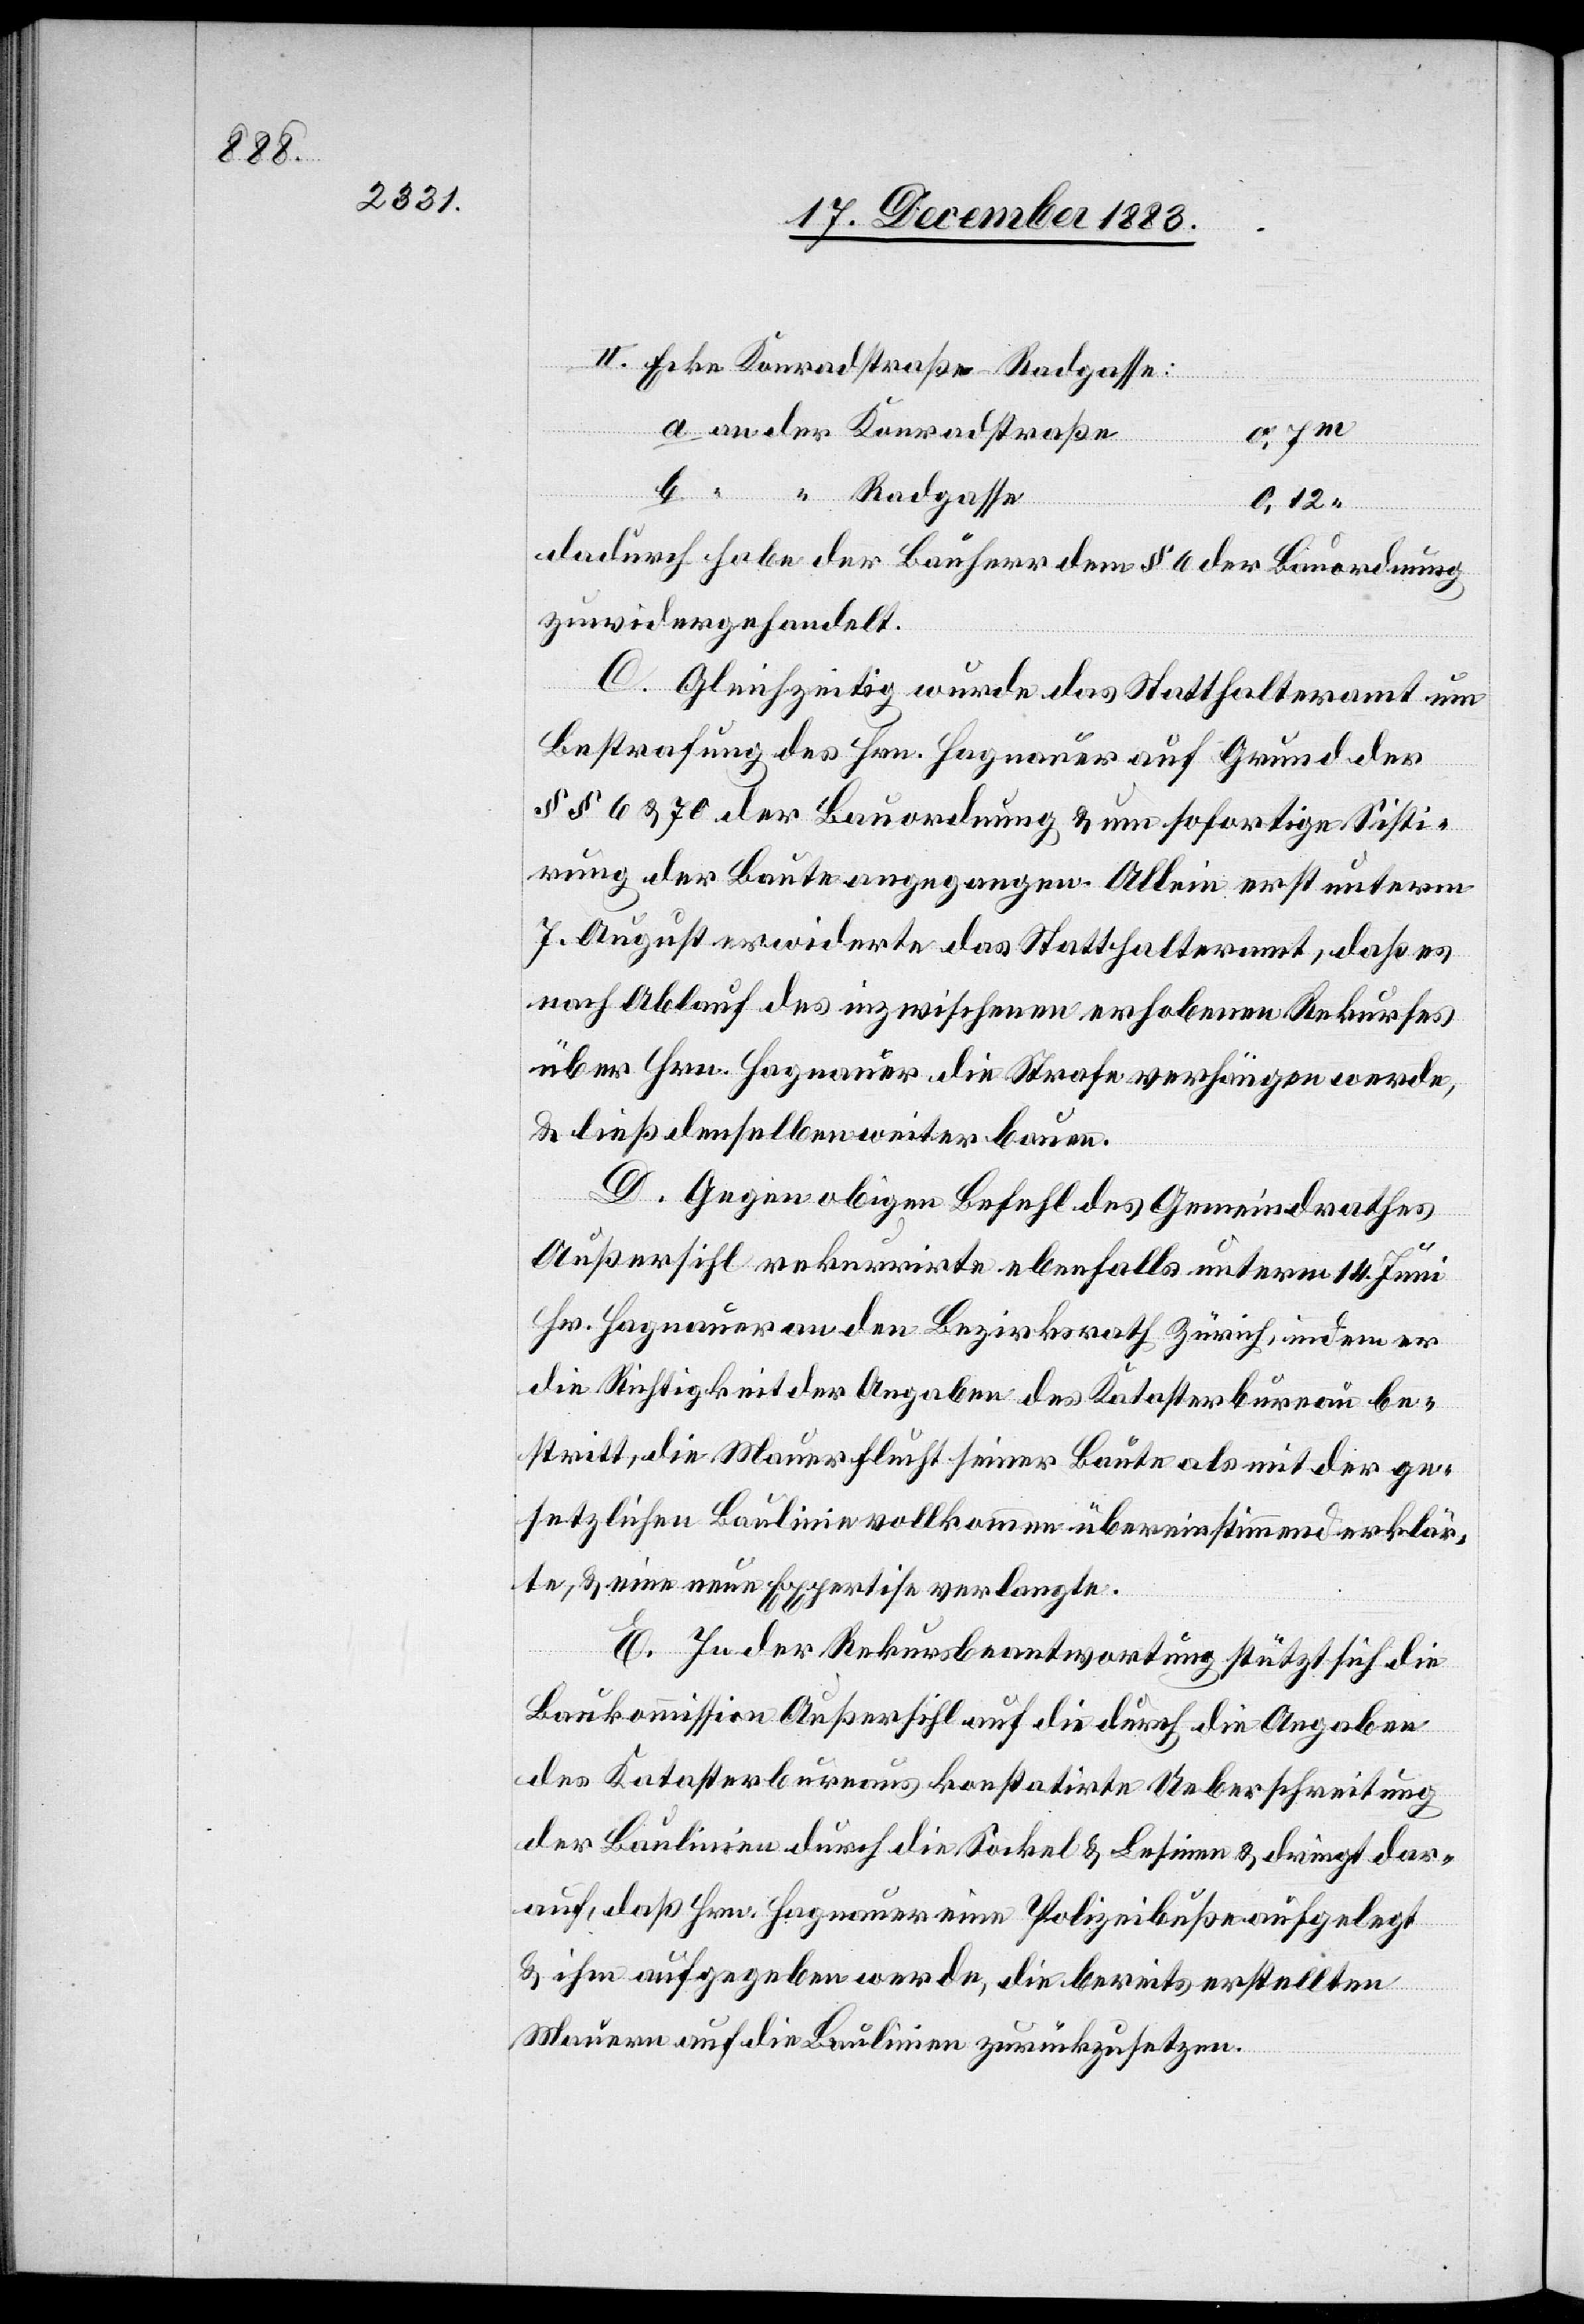
II. Ecke Konradstraße-Radgasse:
b.
Radgasse
0,12
dadurch habe der Bauherr dem § 6 der Bauordnung
zuwidergehandelt.
C. Gleichzeitig wurde das Statthalteramt um
Bestrafung des Hrn. Hagnauer auf Grund der
§§ 6 & 70 der Bauordnung & um sofortige Sisti¬
rung der Baute angegangen. Allein erst unterm
7. August erwiderte das Statthalteramt, daß es
nach Ablauf des inzwischen erhobenen Rekurses
über Hrn. Hagnauer die Strafe verhängen werde,
& ließ denselben weiterbauen.
D. Gegen obigen Befehl des Gemeindrathes
Außersihl rekurrirte ebenfalls unterm 15. Juni
Hr. Hagnauer an den Bezirksrath Zürich, indem er
die Richtigkeit der Angaben des Katasterbureau be¬
stritt, die Mauerflucht seiner Baute als mit der ge¬
setzlichen Baulinie vollkommen übereinstimmend erklär¬
te, & eine neue Expertise verlangte.
E. In der Rekursbeantwortung stützt sich die
Baukommission Außersihl auf die durch die Angeben
des Katasterbureaus konstatirte Ueberschreitung
der Baulinien durch die Sockel & Lesinen & dringt dar¬
auf, daß Hrn. Hagnauer eine Polizeibuße aufgelegt
& ihm aufgegeben werde, die bereits erstellten
Mauern auf die Baulinien zurückzusetzen.